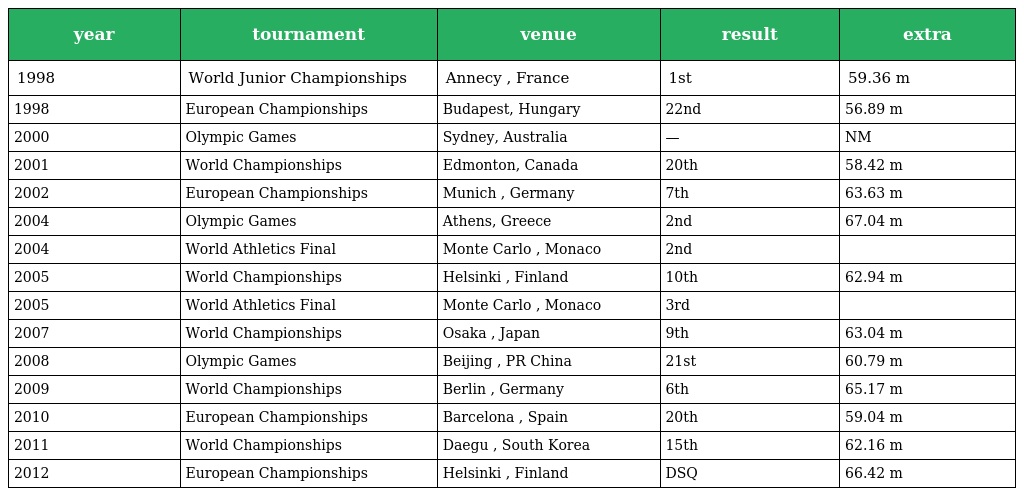
| year | tournament | venue | result | extra |
 | --- | --- | --- | --- | --- |
 | 1998 | World Junior Championships | Annecy , France | 1st | 59.36 m |
 | 1998 | European Championships | Budapest, Hungary | 22nd | 56.89 m |
 | 2000 | Olympic Games | Sydney, Australia | — | NM |
 | 2001 | World Championships | Edmonton, Canada | 20th | 58.42 m |
 | 2002 | European Championships | Munich , Germany | 7th | 63.63 m |
 | 2004 | Olympic Games | Athens, Greece | 2nd | 67.04 m |
 | 2004 | World Athletics Final | Monte Carlo , Monaco | 2nd |  |
 | 2005 | World Championships | Helsinki , Finland | 10th | 62.94 m |
 | 2005 | World Athletics Final | Monte Carlo , Monaco | 3rd |  |
 | 2007 | World Championships | Osaka , Japan | 9th | 63.04 m |
 | 2008 | Olympic Games | Beijing , PR China | 21st | 60.79 m |
 | 2009 | World Championships | Berlin , Germany | 6th | 65.17 m |
 | 2010 | European Championships | Barcelona , Spain | 20th | 59.04 m |
 | 2011 | World Championships | Daegu , South Korea | 15th | 62.16 m |
 | 2012 | European Championships | Helsinki , Finland | DSQ | 66.42 m |